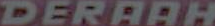
DERAAH